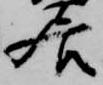
居